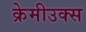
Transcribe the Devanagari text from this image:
क्रेमीउक्स